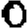
Digit: 0